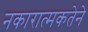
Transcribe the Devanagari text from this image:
नकारात्मकतेने